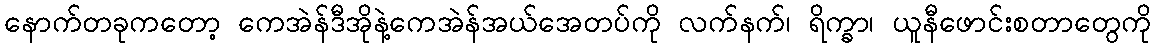
နောက်တခုကတော့ ကေအဲန်ဒီအိုနဲ့ကေအဲန်အယ်အေတပ်ကို လက်နက်၊ ရိက္ခာ၊ ယူနီဖောင်းစတာတွေကို